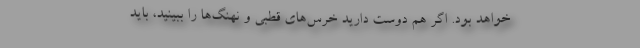
خواهد بود. اگر هم دوست دارید خرس‌های قطبی و نهنگ‌ها را ببینید، باید